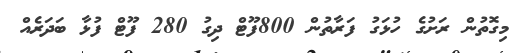
މިގޮތުން ރަށުގެ ހުޅަގު ފަރާތުން 800ފޫޓް ދިގު 280 ފޫޓް ފުޅާ ބަދަރެއް